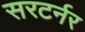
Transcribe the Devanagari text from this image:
सरटर्नर